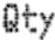
QTY